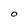
Character: O